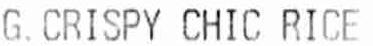
G. CRISPY CHIC RICE